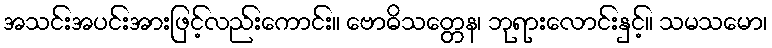
အသင်းအပင်းအားဖြင့်လည်းကောင်း။ ဗောဓိသတ္တေန၊ ဘုရားလောင်းနှင့်။ သမသမော၊